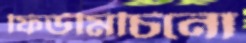
ফিউমিচিনো